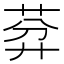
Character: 𦯳